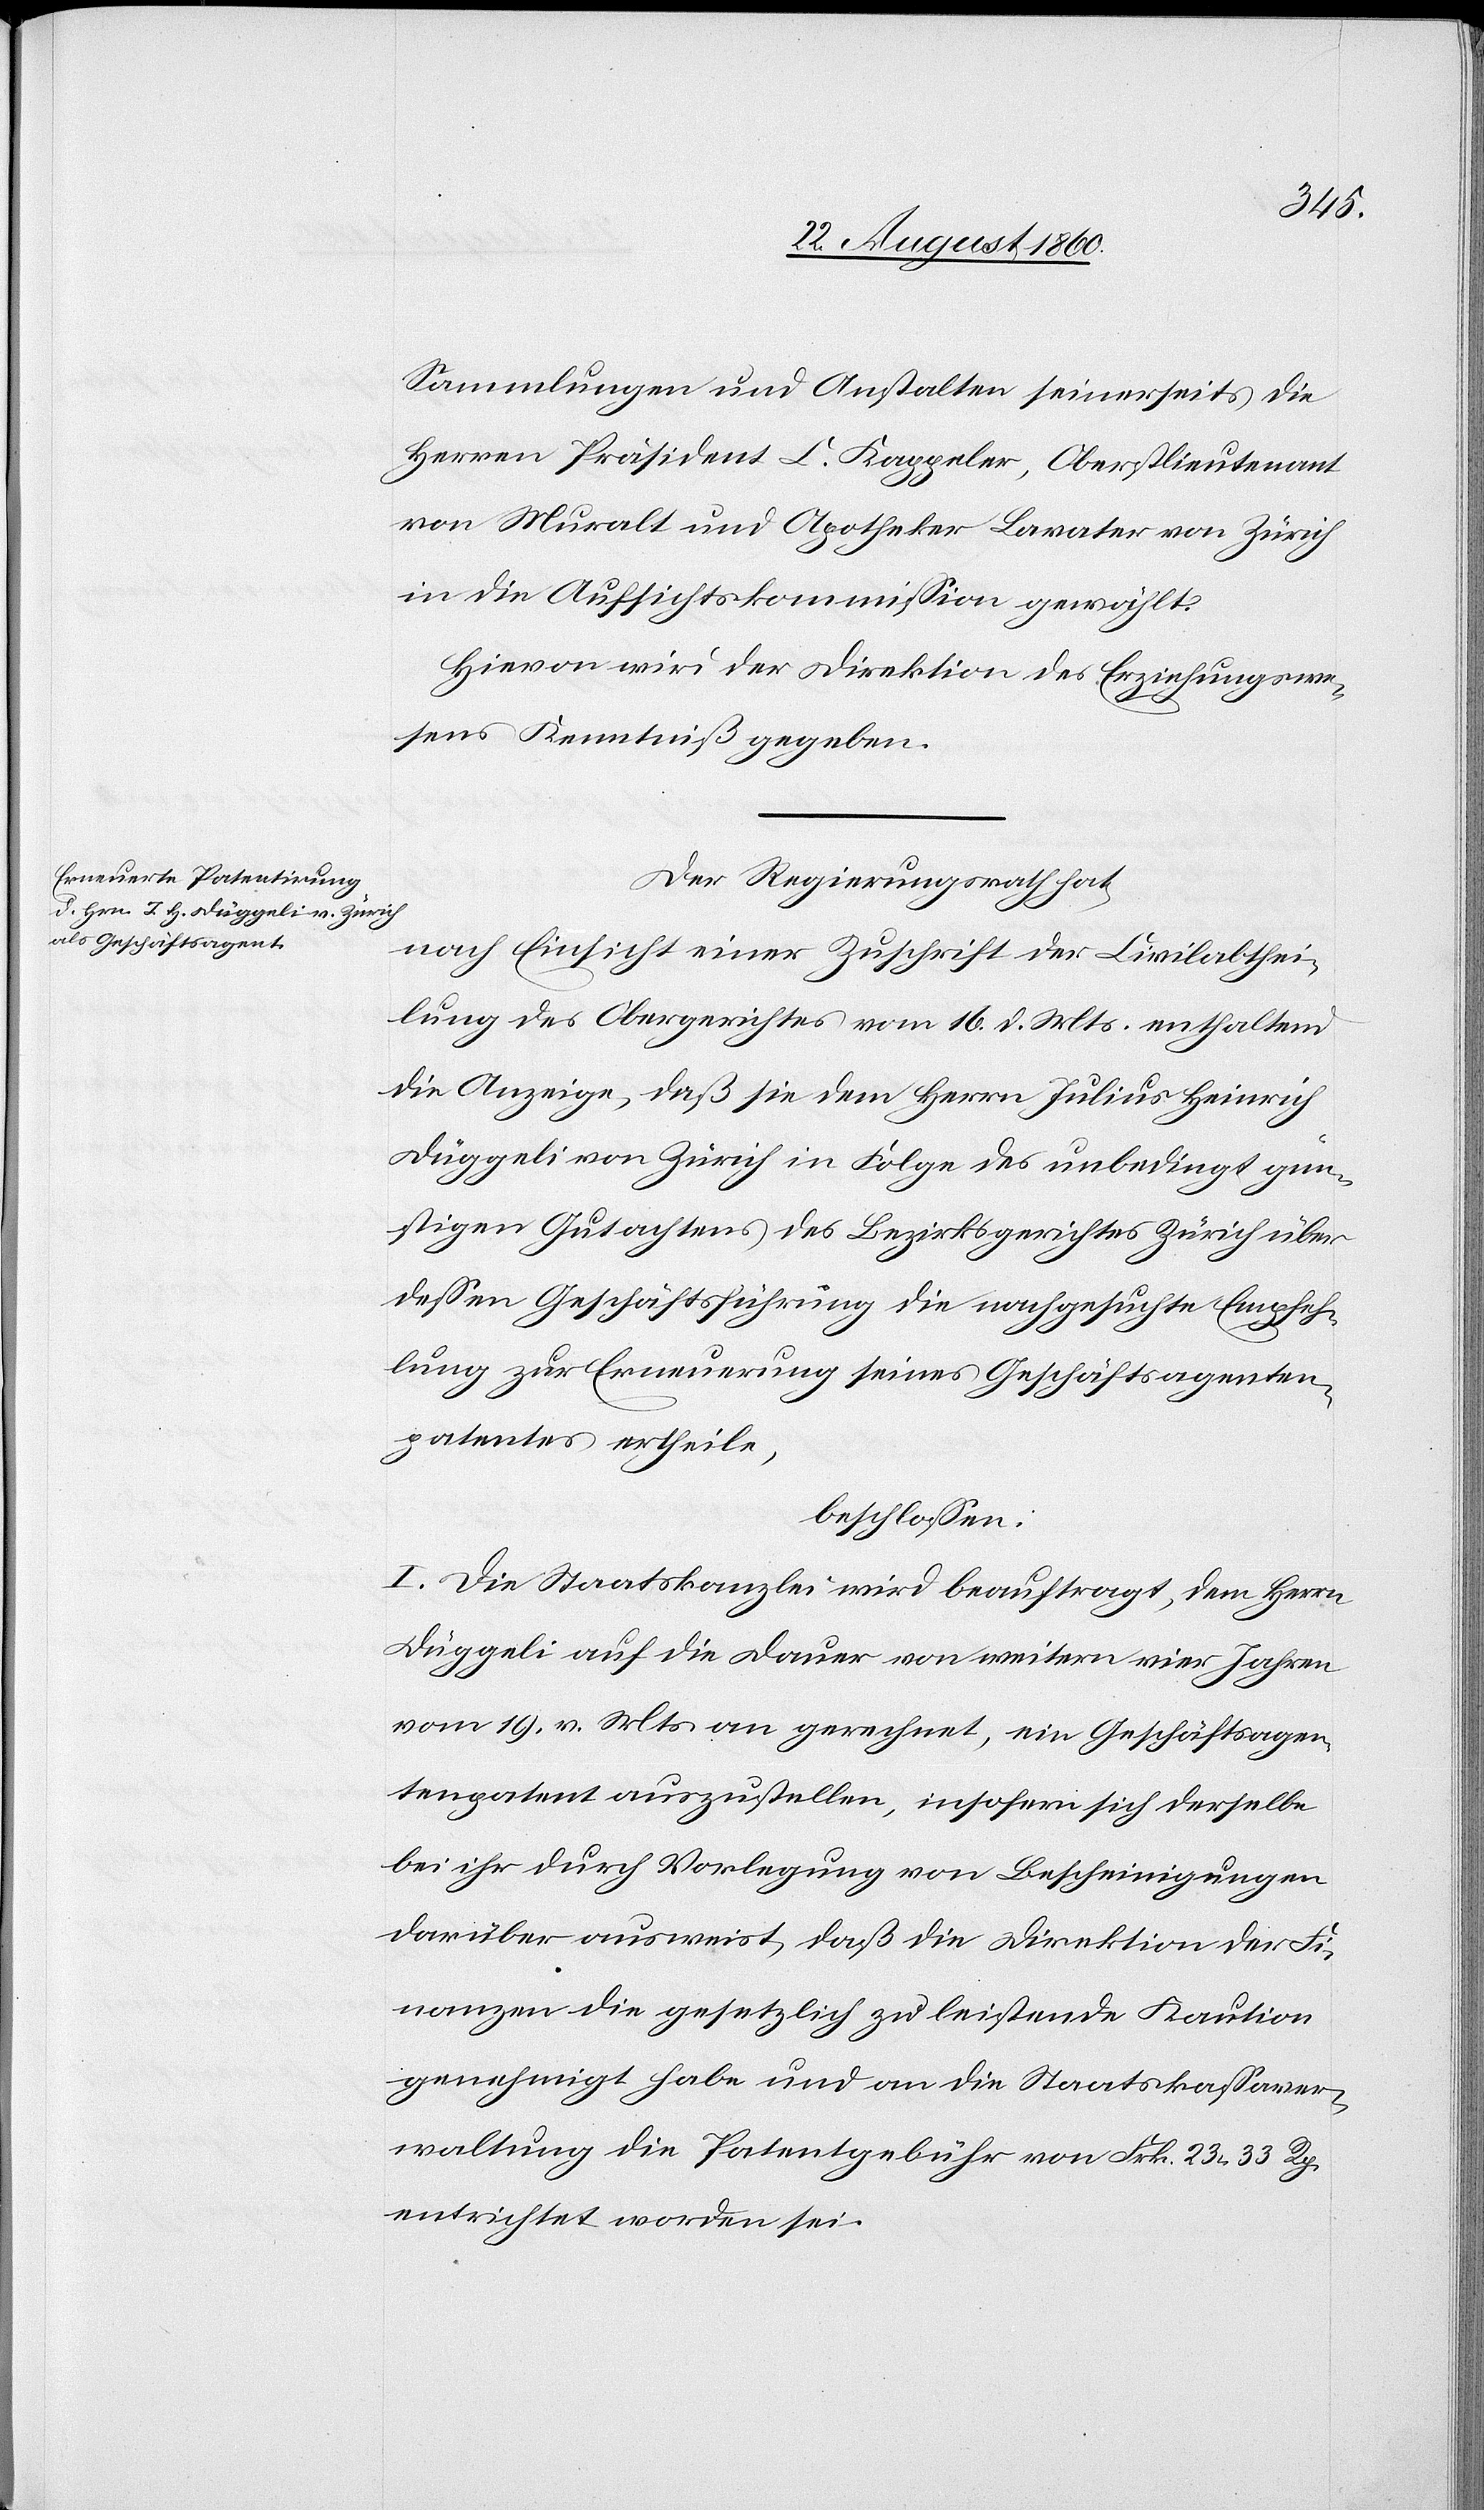
Sammlungen und Anstalten seinerseits die
Herrn Präsident C. Kappeler, Oberstlieutenant
von Muralt und Apotheker Lavater von Zürich
in die Aufsichtskommission gewählt.
Hievon wird der Direktion des Erziehungswe¬
sens Kenntniss gegeben.
Der Regierungsrath hat,
nach Einsicht einer Zuschrift der Civilabthei¬
lung des Obergerichtes vom 16. d. Mts. enthaltend
die Anzeige, dass sie dem Herrn Julius Heinrich
Düggeli von Zürich in Folge des unbedingt gün¬
stigen Gutachtens des Bezirksgerichtes Zürich über
dessen Geschäftsführung die nachgesuchte Empfeh¬
lung zur Erneuerung seines Geschäftsagenten¬
patentes ertheile,
beschlossen:
I. Die Staatskanzlei wird beauftragt, dem Herrn
Düggeli auf die Dauer von weitern vier Jahren,
vom 19. v. Mts. an gerechnet, ein Geschäftsagen¬
tenpatent auszustellen insofern sich derselbe
bei ihr durch Vorlegung von Bescheinigungen
darüber ausweist, dass die Direktion der Fi¬
nanzen die gesetzlich zu leistende Kaution
genehmigt habe und an die Staatskassaver¬
waltung die Patentgebühr von fcs. 23. 33. Rp.
entrichtet worden sei.